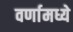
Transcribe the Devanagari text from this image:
वर्णामध्ये